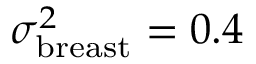
\sigma _ { \mathrm { b r e a s t } } ^ { 2 } = 0 . 4